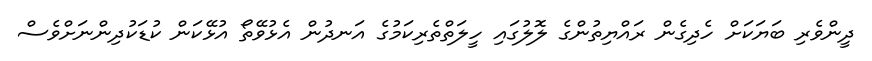
ދީންވެރި ބަޔަކަށް ހެދިގެން ރައްޔިތުންގެ ލޮލުގައި ހީލަތްތެރިކަމުގެ އަނދުން އެޅުވޭތޯ އުޅޭކަން ކުޑަކުދިންނަށްވެސް